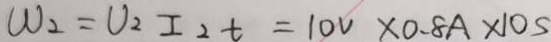
W _ { 2 } = U _ { 2 } I _ { 2 } t = 1 0 V \times 0 . 8 A \times 1 0 s